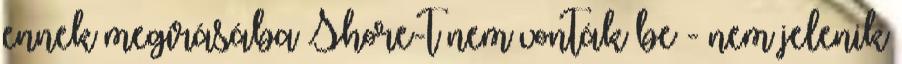
ennek megírásába Shore-t nem vonták be - nem jelenik